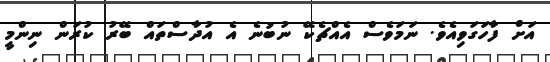
އަށް ފާހަގަވިއެވެ. ނަމަވެސް އެއްޗެކޭ ނުބުނެ އެ އުދާސްތައް ބޭރު ކުރަން ނިންމީ